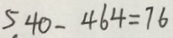
5 4 0 - 4 6 4 = 7 6